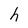
Character: h